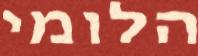
הלומי